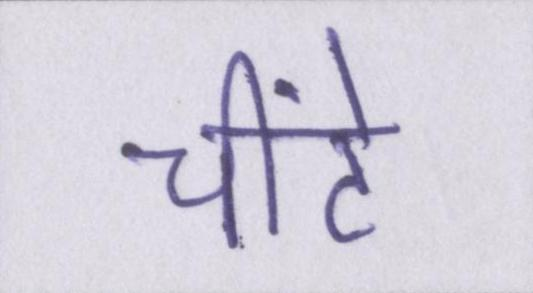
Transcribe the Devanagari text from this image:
चींटे